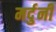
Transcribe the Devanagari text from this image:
मर्दुनी